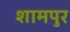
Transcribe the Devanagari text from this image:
शामपुर